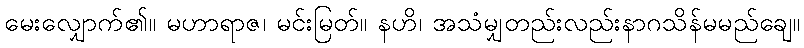
မေးလျှောက်၏။ မဟာရာဇ၊ မင်းမြတ်။ နဟိ၊ အသံမျှတည်းလည်းနာဂသိန်မမည်ချေ။